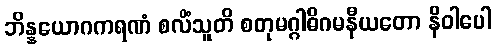
ဘိန္နယောဂကရဏံ စလိံသူတိ စတုမဂ္ဂါဓိဂမနီယတော နိဝါပေါ